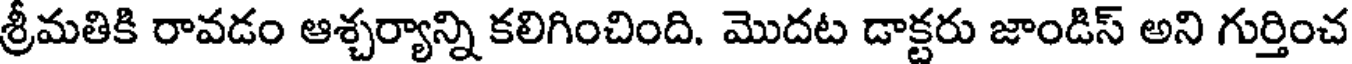
శ్రీమతికి రావడం ఆశ్చర్యాన్ని కలిగించింది. మొదట డాక్టరు జాండిస్ అని గుర్తించ